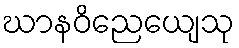
ဃာနဝိညေယျေသု